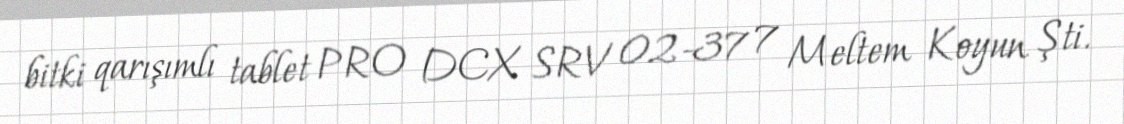
bitki qarışımlı tablet PRO DCX SRV 02-37 7 Meltem Koyun Şti.